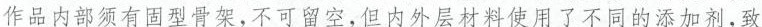
作品内部须有固型骨架，不可留空，但内外层材料使用了不同的添加剂，致